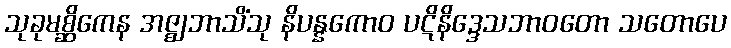
သုခုမစ္ဆိကေန အဇ္ဈဘာသိံသု နိပန္နကောဝ ပဋိနိဒ္ဒေသဘာဝတော သတောပေ